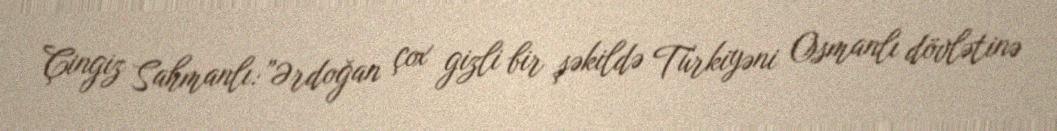
Çingiz Sahmanlı:”Ərdoğan çox gizli bir şəkildə Türkiyəni Osmanlı dövlətinə